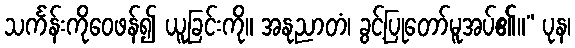
သင်္ကန်းကိုဝေဖန်၍ ယူခြင်းကို။ အနုညာတံ၊ ခွင့်ပြုတော်မူအပ်၏။” ပုန၊